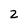
Character: 2